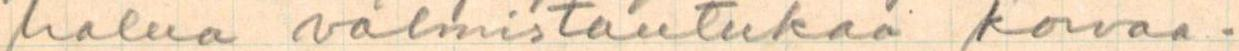
halua valmistautukaa korvaa-